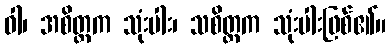
ဝါ၊ အစိတ္တက သုံးပါး၊ သစိတ္တက သုံးပါးဖြစ်၏။